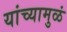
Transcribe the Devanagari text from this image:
यांच्यामुळं